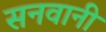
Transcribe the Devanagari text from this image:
सनवानी